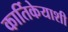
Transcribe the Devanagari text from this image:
कार्तिकेयाशी